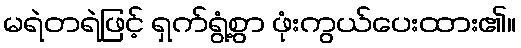
မရဲတရဲဖြင့် ရှက်ရွံ့စွာ ဖုံးကွယ်ပေးထား၏။